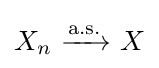
X_{n}\ {\xrightarrow {\overset {}{\text{a.s.}}}}\ X